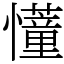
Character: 𢤦